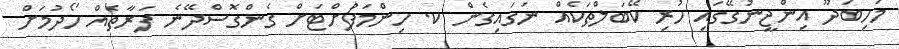
މަހިބަދޫ އިންޖީނުގޭގައި ހުރި ކޭބަލްތަކެއް ނަގައިގެން ކ. ހިންމަފުށްޓަށް ގެންގޮސްދޭނެ ފަރާތެއް ހޯދުމަށް